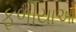
ફળીયાઓ